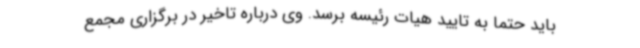
باید حتما به تایید هیات رئیسه برسد. وی درباره تاخیر در برگزاری مجمع